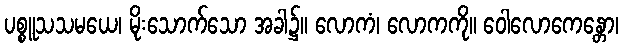
ပစ္စူသသမယေ၊ မိုးသောက်သော အခါ၌။ လောကံ၊ လောကကို။ ဝေါလောကေန္တော၊